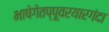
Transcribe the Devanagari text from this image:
भाषेगेतप्पूवरयारगंदा